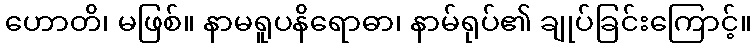
ဟောတိ၊ မဖြစ်။ နာမရူပနိရောဓာ၊ နာမ်ရုပ်၏ ချုပ်ခြင်းကြောင့်။